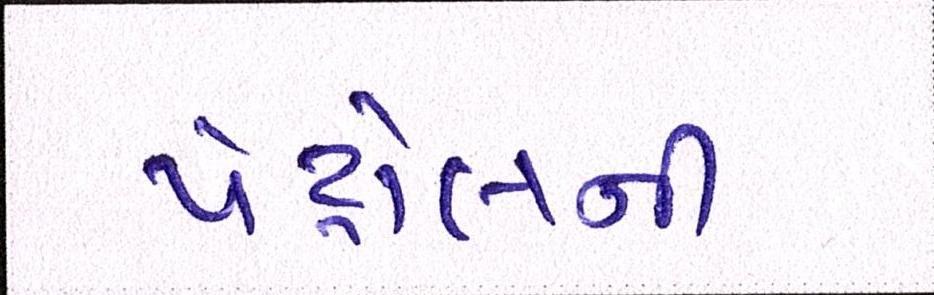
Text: પેટ્રોલની